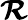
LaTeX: \mathbfcal{R}